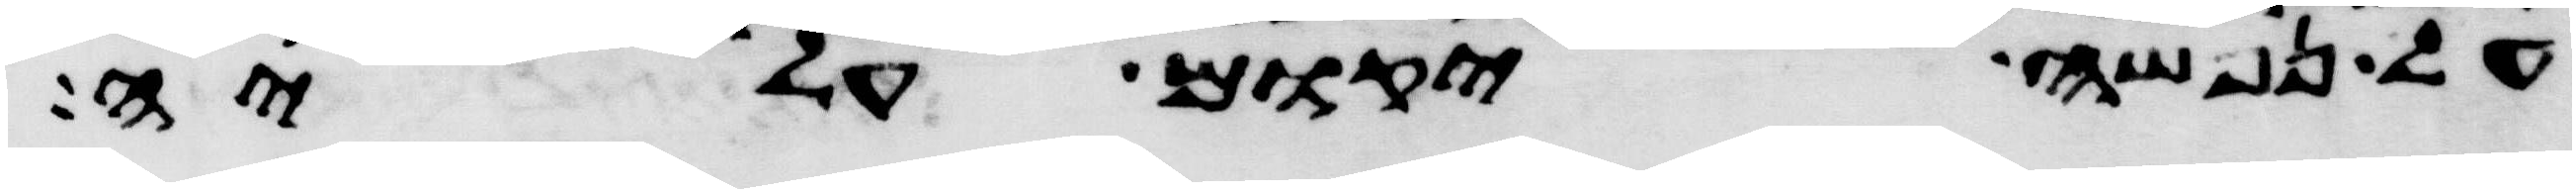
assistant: על נפשה יקום עליה